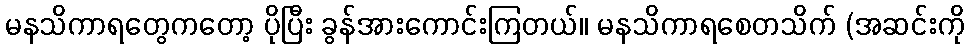
မနသိကာရတွေကတော့ ပိုပြီး ခွန်အားကောင်းကြတယ်။ မနသိကာရစေတသိက် (အဆင်းကို